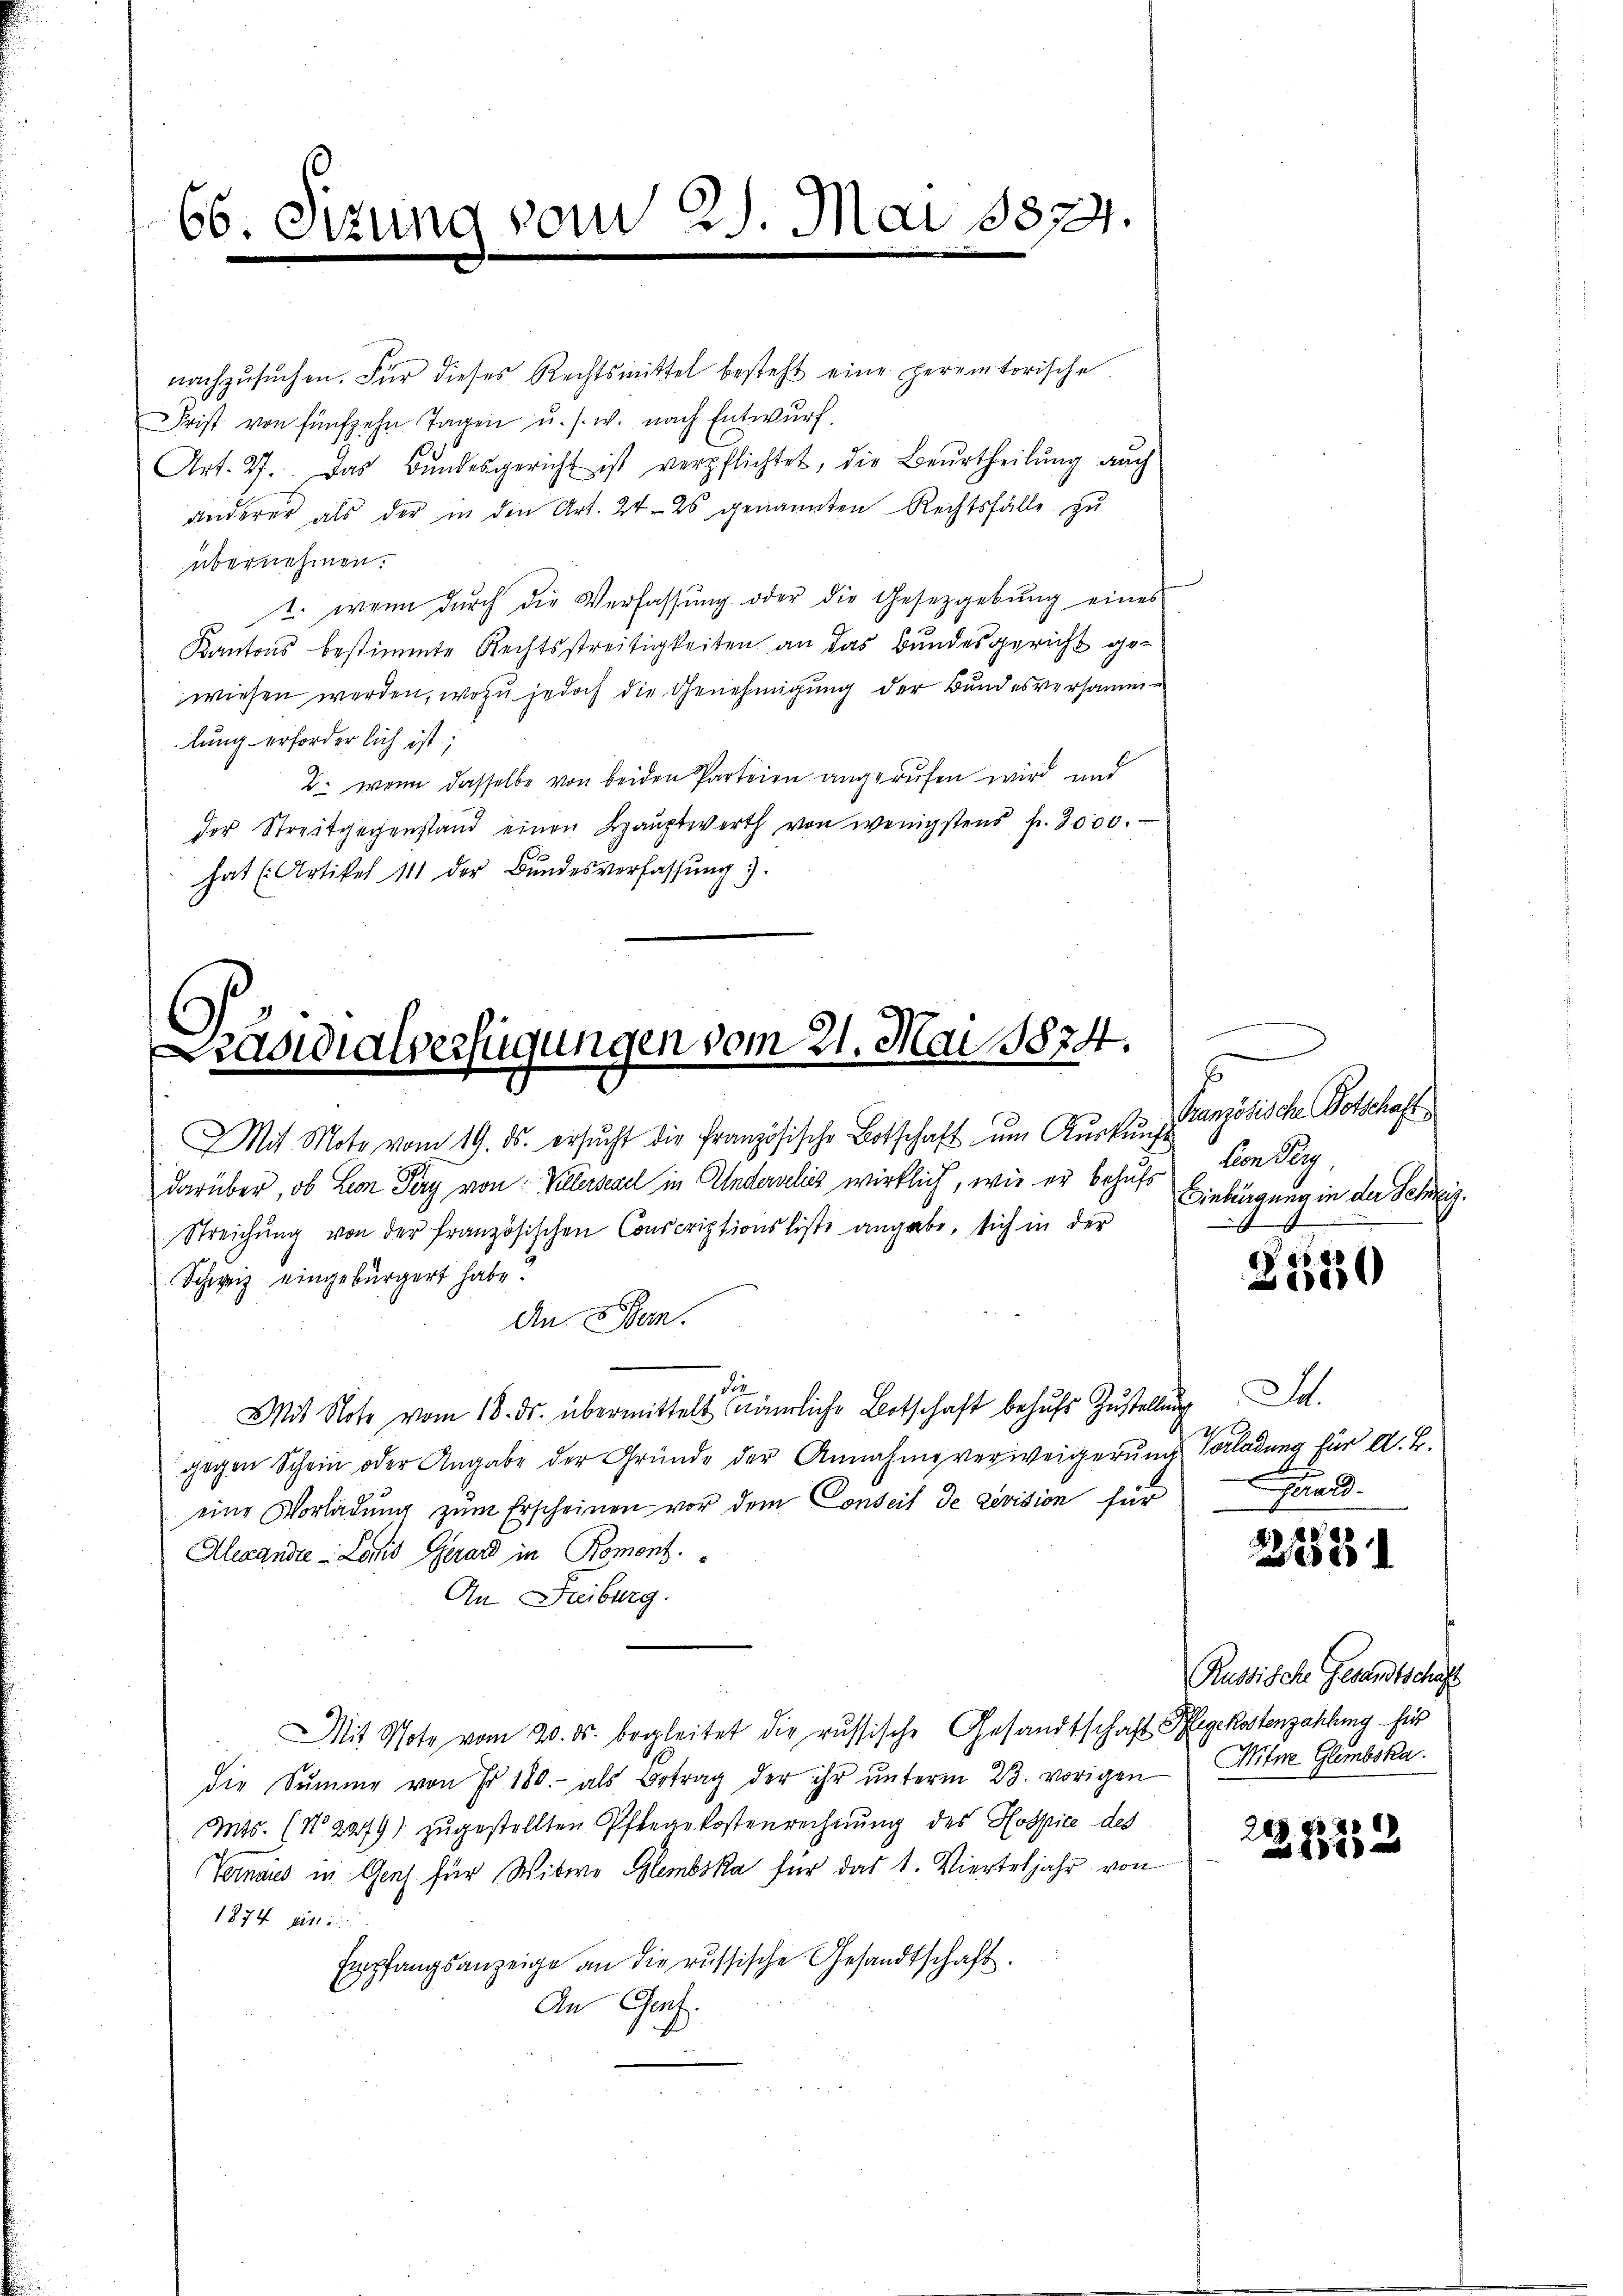
66. Sizung vom 25. Mai 1874.

nachzusuchen. Für dieses Rechtsmittel besteht eine peremtorische
Frist von fünfzehn Tagen u. s. w. nach Entwurf.
Art. 27. Das Bundesgericht ist verpflichtet, die Beurtheilung auch
anderer als der in den Art. 24 26 genannten Rechtsfälle zu
übernehmen.
t. wenn durch die Verfassung oder die Gesetzgebung eines
Kantons bestimmte Rechtsstreitigkeiten an das Bundesgericht gewiesen werden, wozu jedoch die Genehmigung der Bundesversamme
lung erforderlich ist;
2. wenn dasselbe von beiden Parteien angerufen wird und
der Streitgegenstand einen Hauptwerth von wenigstens f. 3000.
hat (Artikel 111 der Bŭndesverfassŭng.

Mit Mote vom 19. ds. ersŭcht die Französische Botschaft um Auskunft
darüber, ob Lion Tery von Villerae in Anderselis wirklich, wie er behufs Einbürgung in der Schreiz¬
Streichŭng von der französischen Conscriptionsliste angabe, sich in der
Schweiz eingebürgert habe?
An Bern.
die
Mit Note vom 18. ds. übermittelt nämliche Botschaft behŭfs Zustellung a.
gegen Schein oder Angabe der Gründe der Annahme verweigerŭng Vorladung für A. B.
eine Vorladung zum Erscheinen vor dem Conseil de revision für
Alexande Lanik Gerard in Romont.
An Freiburg.
Mit Note vom 20. ds. begleitet die russische Gesandtschaft Pflegekostenzahlung für
die Sŭmme von Fr. 180.- als Betrag der ihr ŭnterm 23. vorigen Mitn Glimbska
Mts. (No. 2979) zugestellten Pflegekostenrechnŭng des Hospice des
Vernaues in Genf für Witwe Glembska für das 1. Vierteljahr von
1874 ein
Empfangsanzeige an die russische Gesandtschaft.
An Graf.

Präsidialverfügungen vom 21. Mai 1874.

s
Granzösische Botschaft
ländig

25,20

.

228

Russische Gesandtschaft

20
232